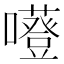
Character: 𡃻